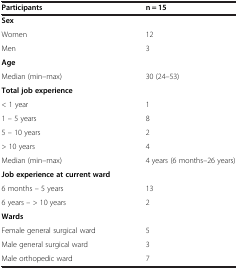
<table><thead><tr><td><b>Participants</b></td><td><b>n = 15</b></td></tr></thead><tbody><tr><td><b>Sex</b></td><td> </td></tr><tr><td>Women</td><td>12</td></tr><tr><td>Men</td><td>3</td></tr><tr><td><b>Age</b></td><td> </td></tr><tr><td>Median (min–max)</td><td>30 (24–53)</td></tr><tr><td><b>Total job experience</b></td><td> </td></tr><tr><td>&lt; 1 year</td><td>1</td></tr><tr><td>1 – 5 years</td><td>8</td></tr><tr><td>5 – 10 years</td><td>2</td></tr><tr><td>&gt; 10 years</td><td>4</td></tr><tr><td>Median (min–max)</td><td>4 years (6 months–26 years)</td></tr><tr><td><b>Job experience at current ward</b></td><td> </td></tr><tr><td>6 months – 5 years</td><td>13</td></tr><tr><td>6 years – &gt; 10 years</td><td>2</td></tr><tr><td><b>Wards</b></td><td> </td></tr><tr><td>Female general surgical ward</td><td>5</td></tr><tr><td>Male general surgical ward</td><td>3</td></tr><tr><td>Male orthopedic ward</td><td>7</td></tr></tbody></table>